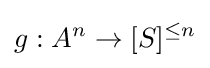
g:A^{n}\rightarrow [S]^{\leq n}